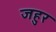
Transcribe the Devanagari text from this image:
जहुर